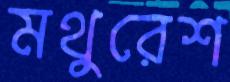
মথুরেশ